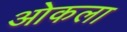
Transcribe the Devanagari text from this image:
ओकला